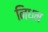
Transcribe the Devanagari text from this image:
निधम